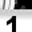
Digit: 1